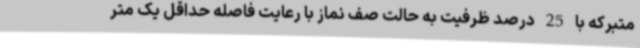
متبرکه با 25 درصد ظرفیت به حالت صف نماز با رعایت فاصله حداقل یک متر